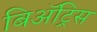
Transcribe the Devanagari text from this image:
बिॲट्रिस